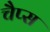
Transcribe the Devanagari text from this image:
चैप्स